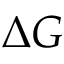
\Delta G